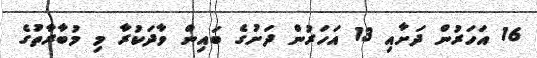
16 އަހަރުން ދަށާއި 13 އަހަރުން ދަށުގެ ބައިން ވާދަކުރާ މި މުބާރާތުގެ